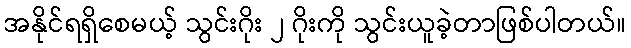
အနိုင်ရရှိစေမယ့် သွင်းဂိုး ၂ ဂိုးကို သွင်းယူခဲ့တာဖြစ်ပါတယ်။